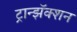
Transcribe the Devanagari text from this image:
ट्रान्झॅक्शन